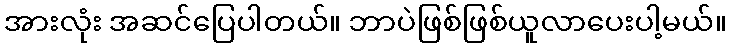
အားလုံး အဆင်ပြေပါတယ်။ ဘာပဲဖြစ်ဖြစ်ယူလာပေးပါ့မယ်။